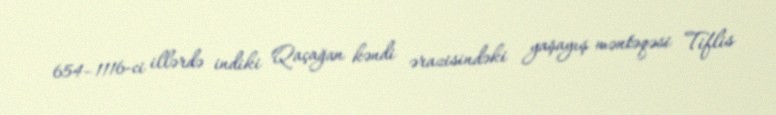
654–1116-ci illərdə indiki Qaçağan kəndi ərazisindəki yaşayış məntəqəsi Tiflis